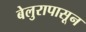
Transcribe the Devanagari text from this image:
बेलुरापासून